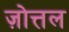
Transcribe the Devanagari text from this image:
ज़ोत्तल